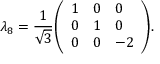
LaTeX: \lambda _ { 8 } = { \frac { 1 } { \sqrt { 3 } } } { \left( \begin{array} { l l l } { 1 } & { 0 } & { 0 } \\ { 0 } & { 1 } & { 0 } \\ { 0 } & { 0 } & { - 2 } \end{array} \right) } .